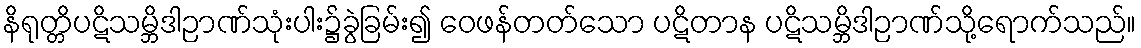
နိရုတ္တိပဋိသမ္ဘိဒါဉာဏ်သုံးပါး၌ခွဲခြမ်း၍ ဝေဖန်တတ်သော ပဋိတာန ပဋိသမ္ဘိဒါဉာဏ်သို့ရောက်သည်။